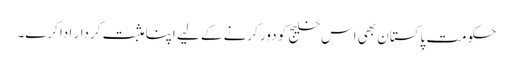
حکومت پاکستان بھی اس خلیج کو دور کرنے کے لیے اپنا مثبت کردار ادا کرے۔